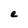
Character: e